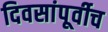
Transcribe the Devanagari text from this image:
दिवसांपूर्वीच